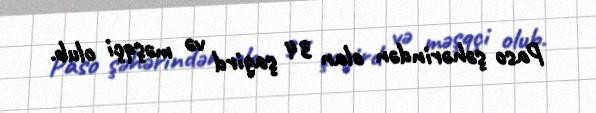
Paso şəhərindən olan 34 şagird və məşqçi olub.